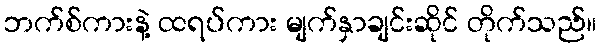
ဘက်စ်ကားနဲ့ ထရပ်ကား မျက်နှာချင်းဆိုင် တိုက်သည်။